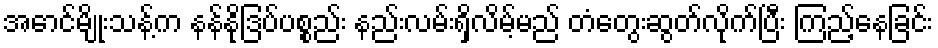
အောင်မျိုးသန့်က နန်နိုဒြပ်ပစ္စည်း နည်းလမ်းရှိလိမ့်မည် တံတွေးဆွတ်လိုက်ပြီး ကြည့်နေခြင်း